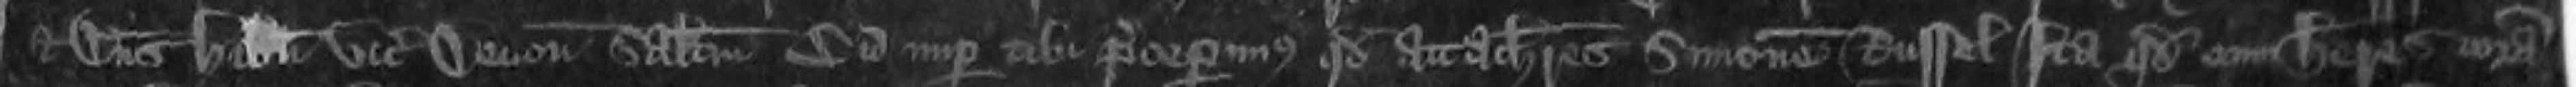
et Dominus Hibernie vicecomiti Devonie salute Cum nuper tibi preceperimus quod attachiares Simonem Russel Ita quod eum haberes coram